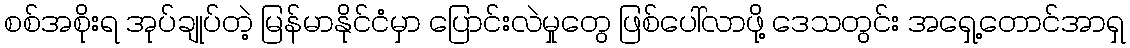
စစ်အစိုးရ အုပ်ချုပ်တဲ့ မြန်မာနိုင်ငံမှာ ပြောင်းလဲမှုတွေ ဖြစ်ပေါ်လာဖို့ ဒေသတွင်း အရှေ့တောင်အာရှ